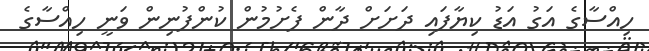
ހިއްސާގެ އަގު އަޑު ކިޔާފައި ދަށަށް ދާން ފެށުމުން ކުންފުނިން ވަނީ ހިއްސާގެ